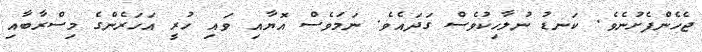
ޖެހެންފެށުނެވެ. ކަނޑު ނުލާހިކުވެސް ގަދައެވެ. ނަމަވެސް އޮޔާއި ވައި ހުރީ އަހަރެންގެ މިސްރާބާއި